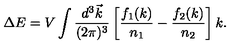
\Delta E = V \int { \frac { d ^ { 3 } \vec { k } } { ( 2 \pi ) ^ { 3 } } } \left[ { \frac { f _ { 1 } ( k ) } { n _ { 1 } } } - { \frac { f _ { 2 } ( k ) } { n _ { 2 } } } \right] k .